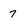
Character: 7